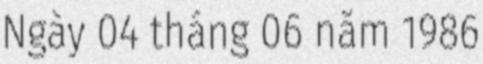
Ngày 04 tháng 06 năm 1986